Lunatic asylums Punjab 1881-1894 - 1881-1894
Year: 1881
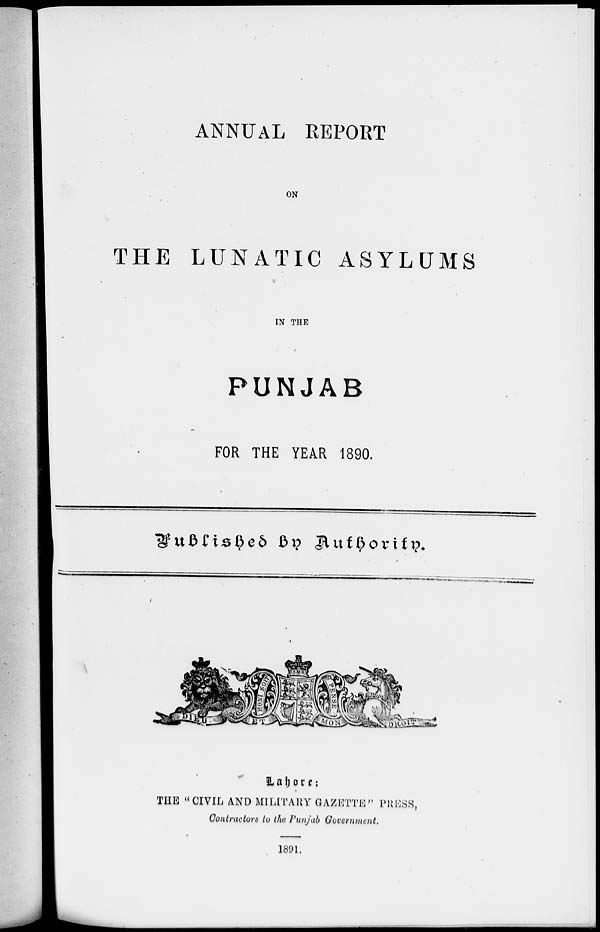
ANNUAL REPORT
ON
THE LUNATIC ASYLUMS
IN THE
PUNJAB
FOR THE YEAR 1890.
Published
by
Authority.
Lahore:
THE "CIVIL AND MILITARY GAZETTE" PRESS,
Contractors to the Punjab Government.
1891.